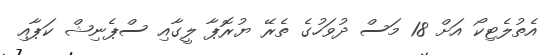
އެތުލެޓިކޯ އަށް 18 މަސް ދުވަހުގެ ތެރޭ ޔުރޮޕާ ލީގާއި ސްޕެނިޝް ކަޕާއި